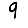
Digit: 9